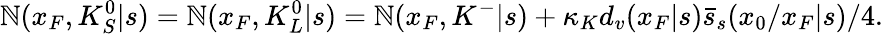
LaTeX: \mathbb{N}(x_{F},K_{S}^{0}|s)=\mathbb{N}(x_{F},K_{L}^{0}|s)=\mathbb{N}(x_{F},K^{-}|s)+\kappa_{K}d_{v}(x_{F}|s)\bar{{s}}_{s}(x_{0}/x_{F}|s)/4.